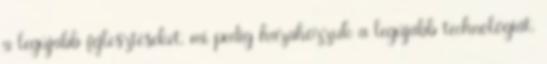
a legújabb fejlesztéseket, mi pedig hazahozzuk a legújabb technológiát.